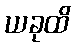
ယခုထိ